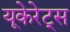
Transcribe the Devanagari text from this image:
यूकेरेट्स